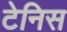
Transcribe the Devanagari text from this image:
टेनिस